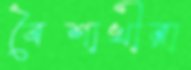
বৈশাখীরা